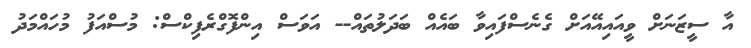
އާ ސީޒަނަށް ވީއައިއޭއަށް ގެނެސްފައިވާ ބައެއް ބަދަލުތައް-- އަވަސް އިންފޮގްރެފިކްސް: މުސްއަފު މުހައްމަދު